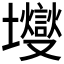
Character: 𰋃